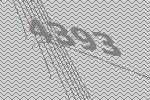
4393